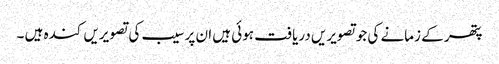
پتھر کے زمانے کی جوتصویریں دریافت ہوئی ہیں ان پر سیب کی تصویریں کندہ ہیں ۔